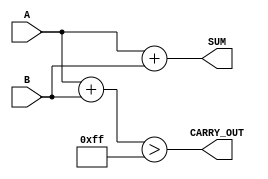
module ParameterizedAdder #(
    parameter WIDTH = 8  // Default width is set to 8 bits
)(
    input  [WIDTH-1:0] A,      // First input
    input  [WIDTH-1:0] B,      // Second input
    output [WIDTH-1:0] SUM,     // Sum output
    output CARRY_OUT             // Carry out output
);

    // Behavioral description of the adder
    assign SUM = A + B;         // Perform addition
    assign CARRY_OUT = (A + B) > {1'b0, {WIDTH{1'b1}}}; // Carry out if overflow occurs

endmodule